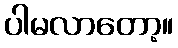
ပါမလာတော့။